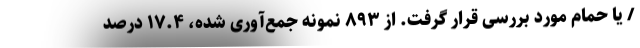
/ یا حمام مورد بررسی قرار گرفت. از ۸۹۳ نمونه جمع‌آوری شده، ۱۷.۴ درصد